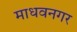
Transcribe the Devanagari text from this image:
माधवनगर